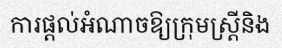
ការផ្តល់អំណាចឱ្យក្រុមស្ត្រីនិង